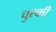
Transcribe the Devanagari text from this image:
चुरकी